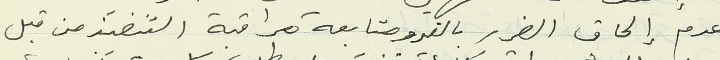
عدم إلحاق الضرر بالغير ومتابعة مراقبة التنفيذ من قبل